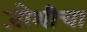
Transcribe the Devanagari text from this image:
जोशीचा